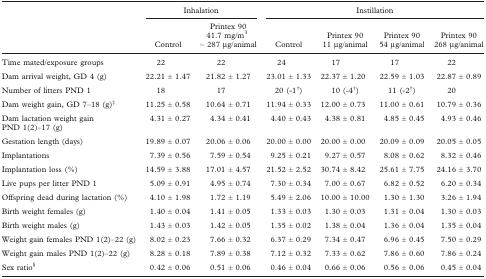
<table><thead><tr><td></td><td colspan="2"><b>Inhalation</b></td><td colspan="4"><b>Instillation</b></td></tr><tr><td></td><td><b>Control</b></td><td><b>Printex 90 41.7 mg/m<sup>3</sup> ∼ 287 mg/animal</b></td><td><b>Control</b></td><td><b>Printex 90 11 mg/animal</b></td><td><b>Printex 90 54 mg/animal</b></td><td><b>Printex 90 268 mg/animal</b></td></tr></thead><tbody><tr><td>Time mated/exposure groups</td><td>22</td><td>22</td><td>24</td><td>17</td><td>17</td><td>22</td></tr><tr><td>Dam arrival weight, GD 4 (g)</td><td>22.21 ± 1.47</td><td>21.82 ± 1.27</td><td>23.01 ± 1.33</td><td>22.37 ± 1.20</td><td>22.59 ± 1.03</td><td>22.87 ± 0.89</td></tr><tr><td>Number of litters PND 1</td><td>18</td><td>17</td><td>20 (−1†)</td><td>10 (−4†)</td><td>11 (−2†)</td><td>20</td></tr><tr><td>Dam weight gain, GD 7–18 (g)‡</td><td>11.25 ± 0.58</td><td>10.64 ± 0.71</td><td>11.94 ± 0.33</td><td>12.00 ± 0.73</td><td>11.00 ± 0.61</td><td>10.79 ± 0.36</td></tr><tr><td>Dam lactation weight gain PND 1(2)–17 (g)</td><td>4.31 ± 0.27</td><td>4.34 ± 0.41</td><td>4.40 ± 0.43</td><td>4.38 ± 0.81</td><td>4.85 ± 0.45</td><td>4.93 ± 0.46</td></tr><tr><td>Gestation length (days)</td><td>19.89 ± 0.07</td><td>20.06 ± 0.06</td><td>20.00 ± 0.00</td><td>20.00 ± 0.00</td><td>20.09 ± 0.09</td><td>20.05 ± 0.05</td></tr><tr><td>Implantations</td><td>7.39 ± 0.56</td><td>7.59 ± 0.54</td><td>9.25 ± 0.21</td><td>9.27 ± 0.57</td><td>8.08 ± 0.62</td><td>8.32 ± 0.46</td></tr><tr><td>Implantation loss (%)</td><td>14.59 ± 3.88</td><td>17.01 ± 4.57</td><td>21.52 ± 2.52</td><td>30.74 ± 8.42</td><td>25.61 ± 7.75</td><td>24.16 ± 3.70</td></tr><tr><td>Live pups per litter PND 1</td><td>5.09 ± 0.91</td><td>4.95 ± 0.74</td><td>7.30 ± 0.34</td><td>7.00 ± 0.67</td><td>6.82 ± 0.52</td><td>6.20 ± 0.34</td></tr><tr><td>Offspring dead during lactation (%)</td><td>4.10 ± 1.98</td><td>1.72 ± 1.19</td><td>5.49 ± 2.06</td><td>10.00 ± 10.00</td><td>1.30 ± 1.30</td><td>3.26 ± 1.94</td></tr><tr><td>Birth weight females (g)</td><td>1.40 ± 0.04</td><td>1.41 ± 0.05</td><td>1.33 ± 0.03</td><td>1.30 ± 0.03</td><td>1.31 ± 0.04</td><td>1.30 ± 0.03</td></tr><tr><td>Birth weight males (g)</td><td>1.43 ± 0.03</td><td>1.42 ± 0.05</td><td>1.35 ± 0.02</td><td>1.38 ± 0.04</td><td>1.36 ± 0.04</td><td>1.35 ± 0.04</td></tr><tr><td>Weight gain females PND 1(2)–22 (g)</td><td>8.02 ± 0.23</td><td>7.66 ± 0.32</td><td>6.37 ± 0.29</td><td>7.34 ± 0.47</td><td>6.96 ± 0.45</td><td>7.50 ± 0.29</td></tr><tr><td>Weight gain males PND 1(2)–22 (g)</td><td>8.28 ± 0.18</td><td>7.89 ± 0.38</td><td>7.12 ± 0.32</td><td>7.33 ± 0.62</td><td>7.86 ± 0.60</td><td>7.86 ± 0.24</td></tr><tr><td>Sex ratio§</td><td>0.42 ± 0.06</td><td>0.51 ± 0.06</td><td>0.46 ± 0.04</td><td>0.66 ± 0.06</td><td>0.56 ± 0.06</td><td>0.45 ± 0.04</td></tr></tbody></table>